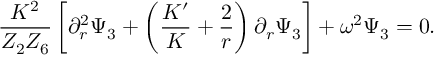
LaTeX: { \frac { K ^ { 2 } } { Z _ { 2 } Z _ { 6 } } } \left[ \partial _ { r } ^ { 2 } \Psi _ { 3 } + \left( { \frac { K ^ { \prime } } { K } } + { \frac { 2 } { r } } \right) \partial _ { r } \Psi _ { 3 } \right] + \omega ^ { 2 } \Psi _ { 3 } = 0 .